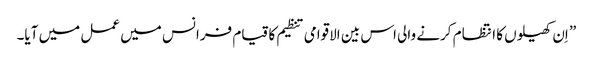
” اِن کھیلوں کا انتظام کرنے والی اس بین الاقوامی تنظیم کا قیام فرانس میں عمل میں آیا۔